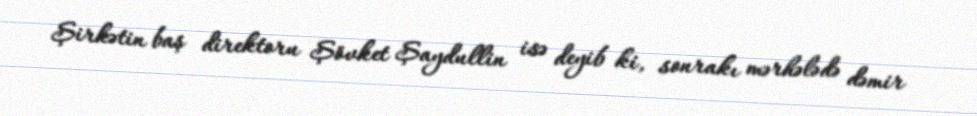
Şirkətin baş direktoru Şövket Şaydullin isə deyib ki, sonrakı mərhələdə dəmir